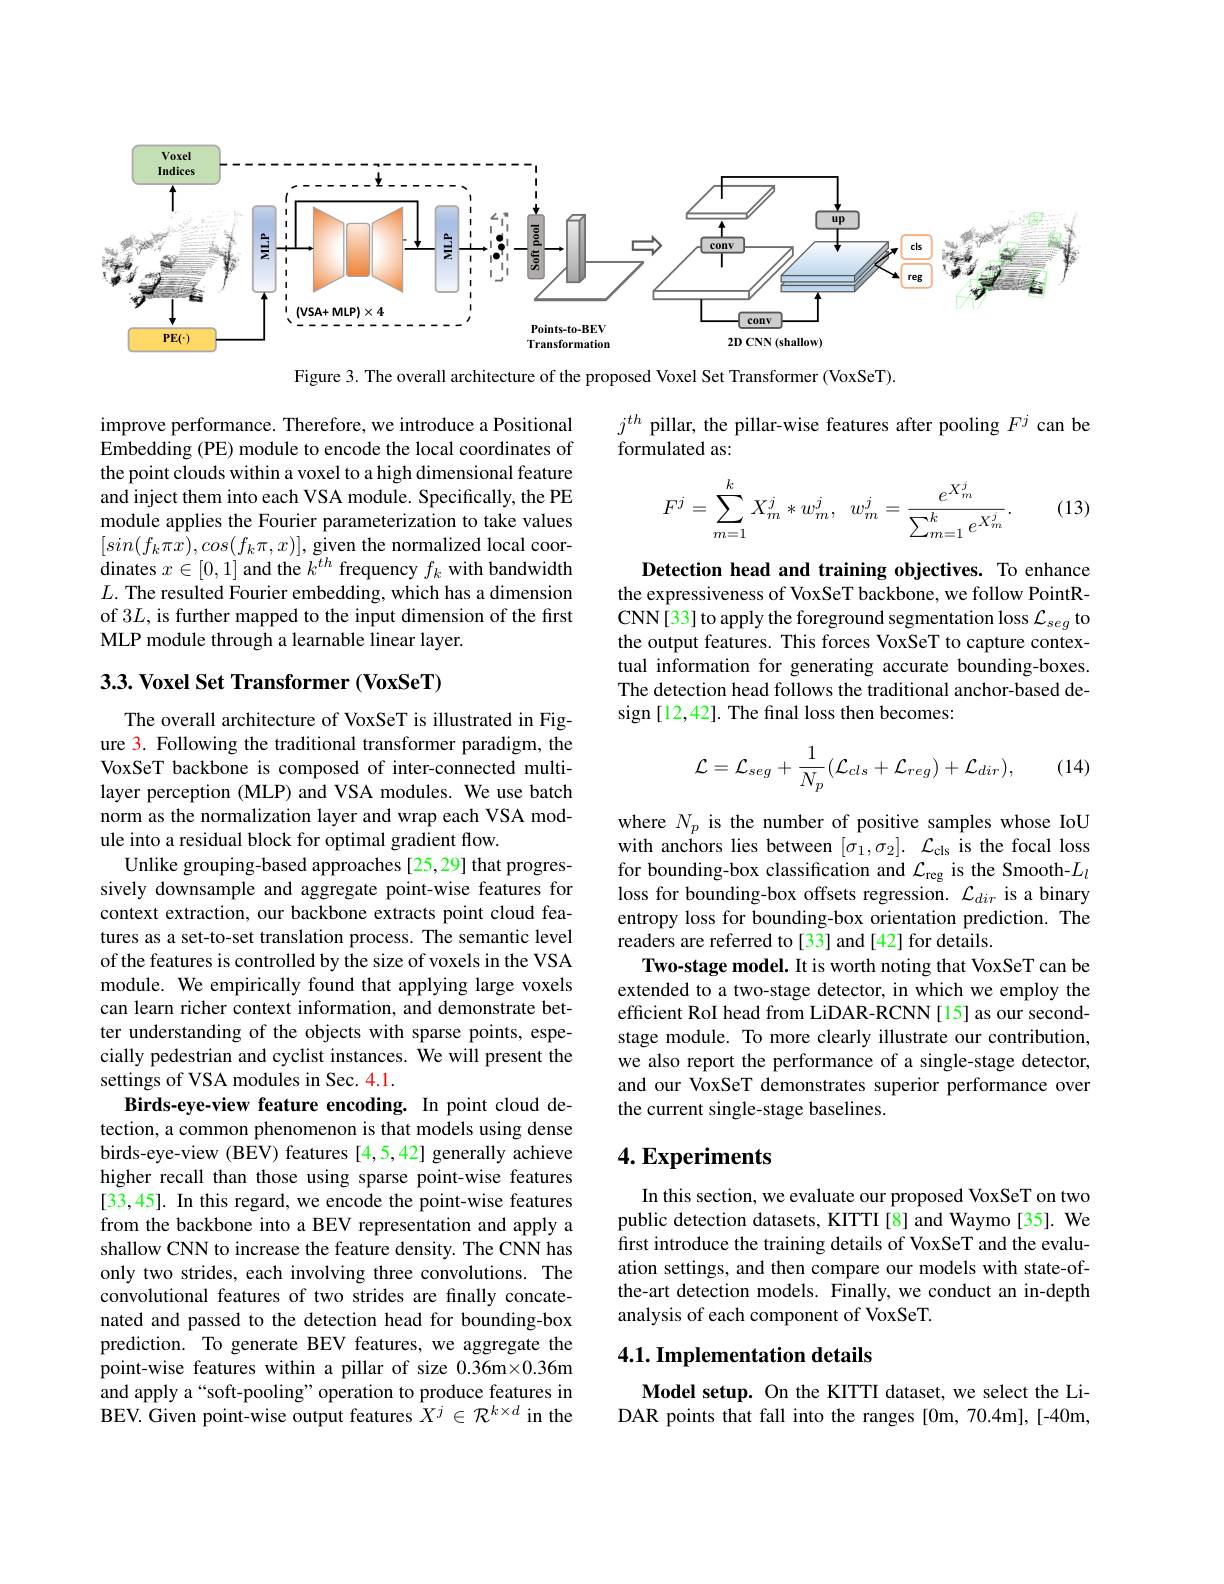
<FigureHere>

Figure 3. The overall architecture of the proposed Voxel Set Transformer (VoxSeT).

$j^{th}$ pillar, the pillar-wise features after pooling $F^j$ can be
formulated as:
$$F^j=\sum_{m=1}^kX_m^j*w_m^j,\:w_m^j=\frac{e^{X_m^j}}{\sum_{m=1}^ke^{X_m^j}}.$$
(13)

improve performance. Therefore, we introduce a Positional Embedding (PE) module to encode the local coordinates of the point clouds within a voxel to a high dimensional feature and inject them into each VSA module. Specifically, the PE module applies the Fourier parameterization to take values $[sin(f_k\pi x),cos(f_k\pi,x)]$,given the normalized local coordinates $x\in[0,1]$ and the $k^th$ frequency $f_k$ with bandwidth $L.$ The resulted Fourier embedding, which has a dimension of 3L, is further mapped to the input dimension of the first MLP module through a learnable linear layer.

Detection head and training objectives. To enhance the expressiveness of VoxSeT backbone, we follow PointRCNN[33] to apply the foreground segmentation loss $\mathcal{L}_{seg}$ to the output features. This forces VoxSeT to capture contextual information for generating accurate bounding-boxes. The detection head follows the traditional anchor-based design [12,42]. The final loss then becomes:

## $3. 3. \textbf{Voxel Set Transformer}( \textbf{VoxSeT})$
$$\mathcal{L}=\mathcal{L}_{seg}+\frac1{N_p}(\mathcal{L}_{cls}+\mathcal{L}_{reg})+\mathcal{L}_{dir}),$$
(14)

where $N_p$ is the number of positive samples whose IoU with anchors lies between $[ \sigma _1, \sigma _2] .$ $\mathcal{L} _{\mathrm{cls}}$ is the focal loss for bounding-box classification and $\mathcal{L}_\mathrm{reg}$ is the Smooth-$L_l$ loss for bounding-box offsets regression. $\mathcal{L}_dir$ is a binary entropy loss for bounding-box orientation prediction. The readers are referred to [33] and [42] for details.
Two-stage model. It is worth noting that VoxSeT can be extended to a two-stage detector, in which we employ the efficient RoI head from LiDAR-RCNN[15] as our secondstage module. To more clearly illustrate our contribution, we also report the performance of a single-stage detector, and our VoxSeT demonstrates superior performance over the current single-stage baselines.

The overall architecture of VoxSeT is illustrated in Figure 3. Following the traditional transformer paradigm, the VoxSeT backbone is composed of inter-connected multilayer perception (MLP) and VSA modules. We use batch norm as the normalization layer and wrap each VSA module into a residual block for optimal gradient flow.
Unlike grouping-based approaches [25,29] that progressively downsample and aggregate point-wise features for context extraction, our backbone extracts point cloud features as a set-to-set translation process. The semantic level of the features is controlled by the size of voxels in the VSA module. We empirically found that applying large voxels can learn richer context information, and demonstrate better understanding of the objects with sparse points, especially pedestrian and cyclist instances. $\hat{\text{Wewill present the}}$ settings of VSA modules in Sec. 4.1.
Birds-eye-view feature encoding. In point cloud detection, a common phenomenon is that models using dense birds-eye-view (BEV) features [4,5,42] generally achieve higher recall than those using sparse point-wise features [33,45]. In this regard, we encode the point-wise features from the backbone into a BEV representation and apply a shallow CNN to increase the feature density. The CNN has only two strides, each involving three convolutions. The convolutional features of two strides are finally concatenated and passed to the detection head for bounding-box prediction. To generate BEV features, we aggregate the point-wise features within a pillar of size 0.36m×0.36m and apply a“soft-pooling”operation to produce features in BEV. Given point-wise output features $X^j\in\mathcal{R}^{k\times d}$ in the

## $4. \textbf{Experiments}$

In this section, we evaluate our proposed VoxSeT on two public detection datasets, KITTI[8] and Waymo[35]. We first introduce the training details of VoxSeT and the evaluation settings, and then compare our models with state-ofthe-art detection models. Finally, we conduct an in-depth analysis of each component of VoxSeT.

## 4.1. Implementation details

Model setup. On the KITTI dataset, we select the LiDAR points that fall into the ranges [0m, 70.4m], [-40m,